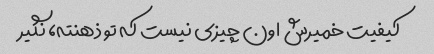
کیفیت خمیرش اون چیزی نیست که تو ذهنته، نگیر